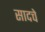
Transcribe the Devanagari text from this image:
सादचे